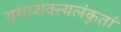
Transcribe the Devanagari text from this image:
यथाशक्त्यलंकृतां